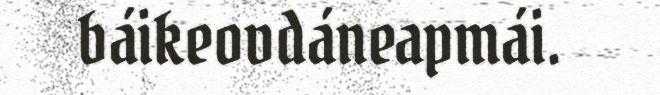
báikeovdáneapmái.